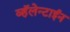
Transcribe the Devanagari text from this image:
व्हॅलेन्टाईन